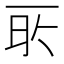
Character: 𬻔